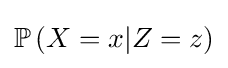
\mathbb {P} \left(X=x|Z=z\right)